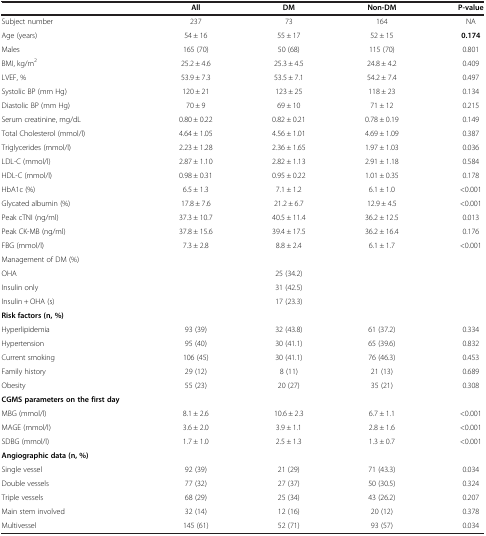
<table><thead><tr><td><b> </b></td><td><b>All</b></td><td><b>DM</b></td><td><b>Non-DM</b></td><td><b>P-value</b></td></tr></thead><tbody><tr><td>Subject number</td><td>237</td><td>73</td><td>164</td><td>NA</td></tr><tr><td>Age (years)</td><td>54 ± 16</td><td>55 ± 17</td><td>52 ± 15</td><td><b>0.174</b></td></tr><tr><td>Males</td><td>165 (70)</td><td>50 (68)</td><td>115 (70)</td><td>0.801</td></tr><tr><td>BMI, kg/m<sup>2</sup></td><td>25.2 ± 4.6</td><td>25.3 ± 4.5</td><td>24.8 ± 4.2</td><td>0.409</td></tr><tr><td>LVEF, %</td><td>53.9 ± 7.3</td><td>53.5 ± 7.1</td><td>54.2 ± 7.4</td><td>0.497</td></tr><tr><td>Systolic BP (mm Hg)</td><td>120 ± 21</td><td>123 ± 25</td><td>118 ± 23</td><td>0.134</td></tr><tr><td>Diastolic BP (mm Hg)</td><td>70 ± 9</td><td>69 ± 10</td><td>71 ± 12</td><td>0.215</td></tr><tr><td>Serum creatinine, mg/dL</td><td>0.80 ± 0.22</td><td>0.82 ± 0.21</td><td>0.78 ± 0.19</td><td>0.149</td></tr><tr><td>Total Cholesterol (mmol/l)</td><td>4.64 ± 1.05</td><td>4.56 ± 1.01</td><td>4.69 ± 1.09</td><td>0.387</td></tr><tr><td>Triglycerides (mmol/l)</td><td>2.23 ± 1.28</td><td>2.36 ± 1.65</td><td>1.97 ± 1.03</td><td>0.036</td></tr><tr><td>LDL-C (mmol/l)</td><td>2.87 ± 1.10</td><td>2.82 ± 1.13</td><td>2.91 ± 1.18</td><td>0.584</td></tr><tr><td>HDL-C (mmol/l)</td><td>0.98 ± 0.31</td><td>0.95 ± 0.22</td><td>1.01 ± 0.35</td><td>0.178</td></tr><tr><td>HbA1c (%)</td><td>6.5 ± 1.3</td><td>7.1 ± 1.2</td><td>6.1 ± 1.0</td><td>&lt;0.001</td></tr><tr><td>Glycated albumin (%)</td><td>17.8 ± 7.6</td><td>21.2 ± 6.7</td><td>12.9 ± 4.5</td><td>&lt;0.001</td></tr><tr><td>Peak cTNI (ng/ml)</td><td>37.3 ± 10.7</td><td>40.5 ± 11.4</td><td>36.2 ± 12.5</td><td>0.013</td></tr><tr><td>Peak CK-MB (ng/ml)</td><td>37.8 ± 15.6</td><td>39.4 ± 17.5</td><td>36.2 ± 16.4</td><td>0.176</td></tr><tr><td>FBG (mmol/l)</td><td>7.3 ± 2.8</td><td>8.8 ± 2.4</td><td>6.1 ± 1.7</td><td>&lt;0.001</td></tr><tr><td>Management of DM (%)</td><td> </td><td> </td><td> </td><td> </td></tr><tr><td>OHA</td><td> </td><td>25 (34.2)</td><td> </td><td> </td></tr><tr><td>Insulin only</td><td> </td><td>31 (42.5)</td><td> </td><td> </td></tr><tr><td>Insulin + OHA (s)</td><td> </td><td>17 (23.3)</td><td> </td><td> </td></tr><tr><td><b>Risk factors (n, %)</b></td><td> </td><td> </td><td> </td><td> </td></tr><tr><td>Hyperlipidemia</td><td>93 (39)</td><td>32 (43.8)</td><td>61 (37.2)</td><td>0.334</td></tr><tr><td>Hypertension</td><td>95 (40)</td><td>30 (41.1)</td><td>65 (39.6)</td><td>0.832</td></tr><tr><td>Current smoking</td><td>106 (45)</td><td>30 (41.1)</td><td>76 (46.3)</td><td>0.453</td></tr><tr><td>Family history</td><td>29 (12)</td><td>8 (11)</td><td>21 (13)</td><td>0.689</td></tr><tr><td>Obesity</td><td>55 (23)</td><td>20 (27)</td><td>35 (21)</td><td>0.308</td></tr><tr><td><b>CGMS parameters on the first day</b></td><td> </td><td> </td><td> </td><td> </td></tr><tr><td>MBG (mmol/l)</td><td>8.1 ± 2.6</td><td>10.6 ± 2.3</td><td>6.7 ± 1.1</td><td>&lt;0.001</td></tr><tr><td>MAGE (mmol/l)</td><td>3.6 ± 2.0</td><td>3.9 ± 1.1</td><td>2.8 ± 1.6</td><td>&lt;0.001</td></tr><tr><td>SDBG (mmol/l)</td><td>1.7 ± 1.0</td><td>2.5 ± 1.3</td><td>1.3 ± 0.7</td><td>&lt;0.001</td></tr><tr><td><b>Angiographic data (n, %)</b></td><td> </td><td> </td><td> </td><td> </td></tr><tr><td>Single vessel</td><td>92 (39)</td><td>21 (29)</td><td>71 (43.3)</td><td>0.034</td></tr><tr><td>Double vessels</td><td>77 (32)</td><td>27 (37)</td><td>50 (30.5)</td><td>0.324</td></tr><tr><td>Triple vessels</td><td>68 (29)</td><td>25 (34)</td><td>43 (26.2)</td><td>0.207</td></tr><tr><td>Main stem involved</td><td>32 (14)</td><td>12 (16)</td><td>20 (12)</td><td>0.378</td></tr><tr><td>Multivessel</td><td>145 (61)</td><td>52 (71)</td><td>93 (57)</td><td>0.034</td></tr></tbody></table>